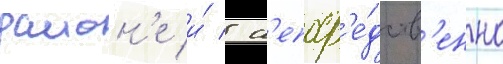
раион'е и́ / н'епоср'е́дств'енно